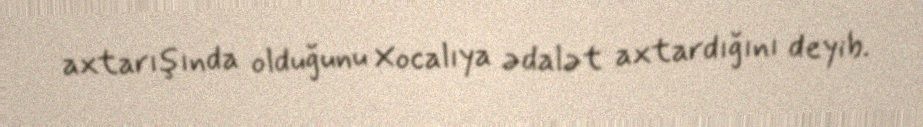
axtarışında olduğunu Xocalıya ədalət axtardığını deyib.